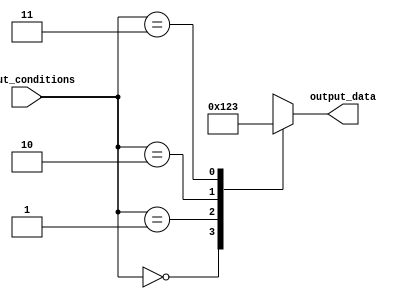
module generate_case_block (
    input [1:0] input_conditions,
    output reg [3:0] output_data
);

always @(*)
begin
    case(input_conditions)
        2'b00: output_data = 4'b0000; // Case 1
        2'b01: output_data = 4'b0001; // Case 2
        2'b10: output_data = 4'b0010; // Case 3
        2'b11: output_data = 4'b0011; // Case 4
        default: output_data = 4'bxxxx; // Default case
    endcase
end

endmodule